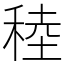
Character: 稑